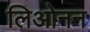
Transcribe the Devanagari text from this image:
लिओनन